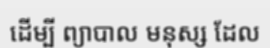
ដើម្បី ព្យាបាល មនុស្ស ដែល